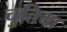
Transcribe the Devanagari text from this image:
चुतिया